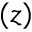
( z )